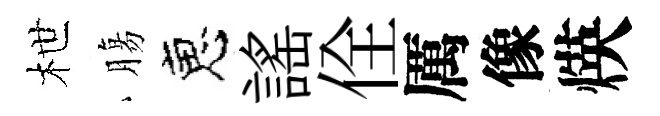
枻膓恵謡佺厲像煐